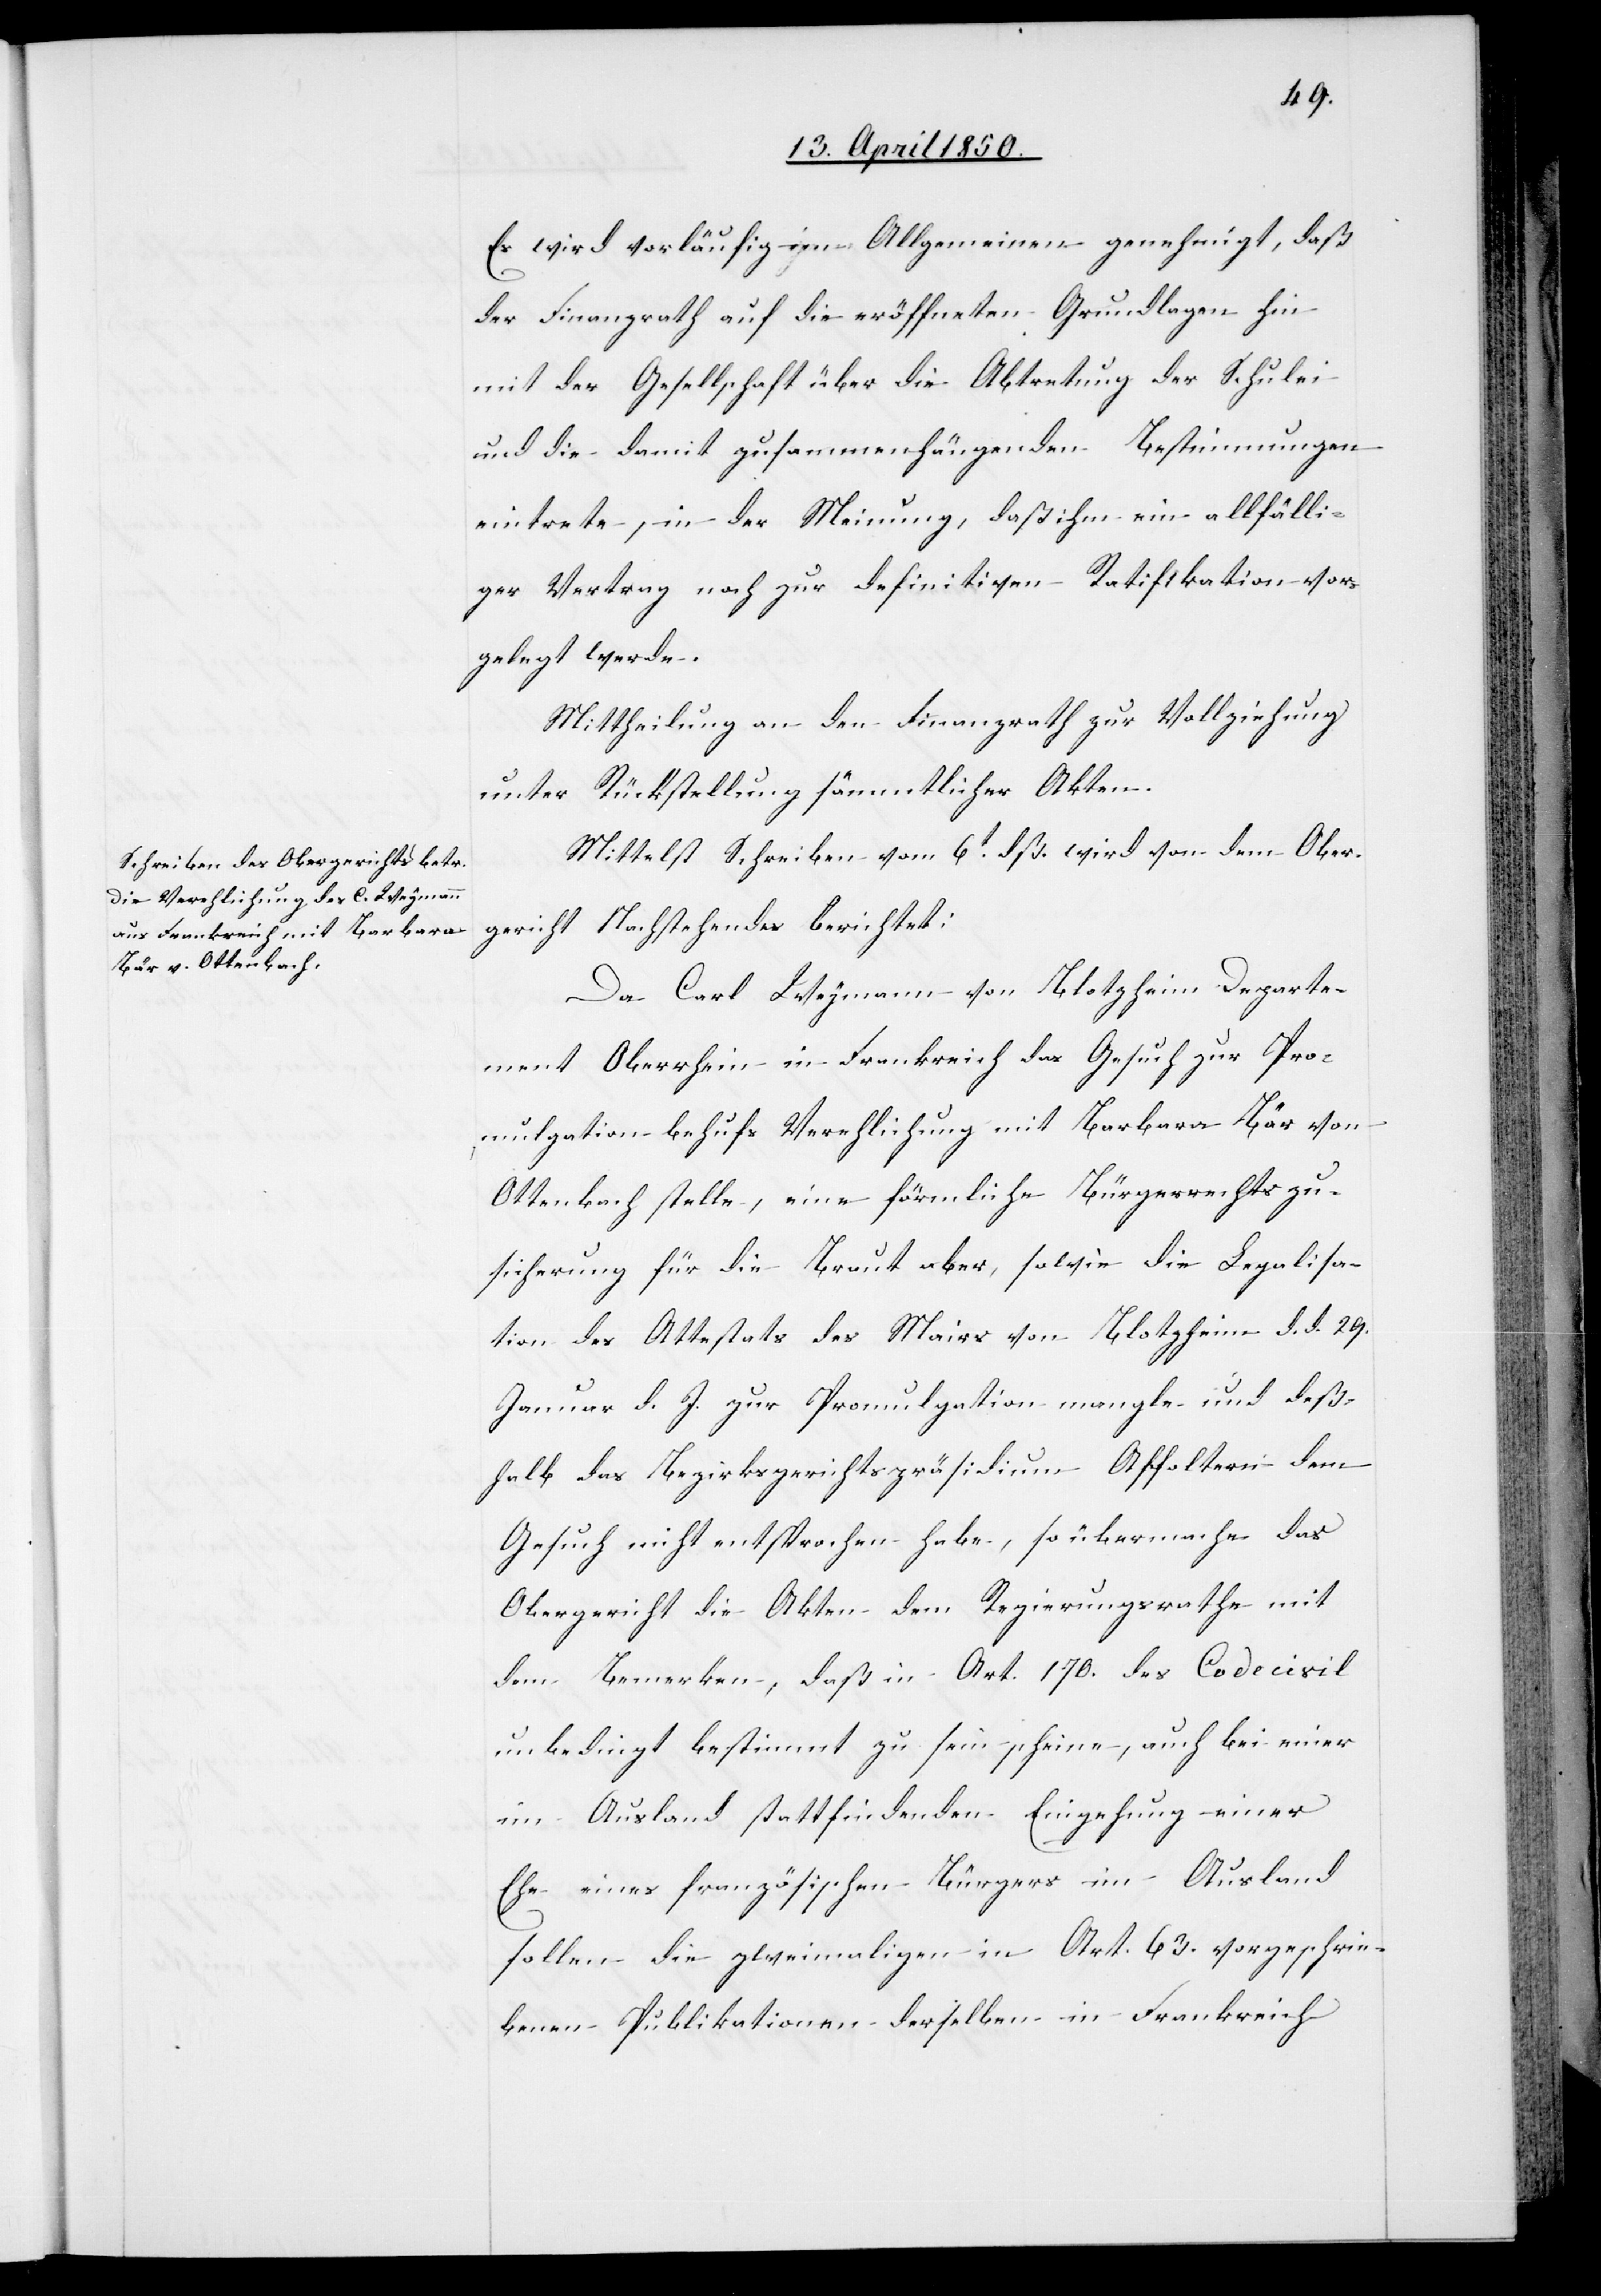
Es wird vorläufig im Allgemeinen genehmigt, daß
der Finanzrath auf die eröffneten Grundlagen hin
mit der Gesellschaft über die Abtretung der Schulei
und die damit zusammenhängenden Bestimmungen
eintrete, in der Meinung, daß ihm ein allfälli¬
ger Vertrag noch zur definitiven Ratifikation vor¬
gelegt werde.
Mittheilung an den Finanzrath zur Vollziehung
unter Rückstellung sämmtlicher Akten.
Mittelst Schreiben vom 6t dß. wird von dem Ober¬
gericht Nachstehendes berichtet:
Da Carl Weymann von Blotzheim Departe¬
ment Oberrhein in Frankreich das Gesuch zur Pro¬
mulgation behufs Verehlichung mit Barbara Bär von
Ottenbach stelle, eine förmliche Bürgerrechtszu¬
sicherung für die Braut aber, sowie die Legalisa¬
tion des Attestats des Mairs von Blotzheim d. d. 29.
Januar d. J. zur Promulgation mangle und deß¬
halb das Bezirksgerichtspräsidium Affoltern dem
Gesuch nicht entsprochen habe, so übermache das
Obergericht die Akten dem Regierungsrathe mit
dem Bemerken, daß in Art. 170. des Code civil
unbedingt bestimmt zu sein scheine, auch bei einer
im Ausland stattfindenden Eingehung einer
Ehe eines französischen Bürgers im Ausland
sollen die zweimaligen in Art. 63. vorgeschrie¬
benen Publikationen derselben in Frankreich